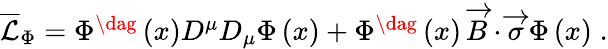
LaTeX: \begin{array}{r}{\overline{{\mathcal{L}}}_{\Phi}=\Phi^{\dag}\left(x\right)D^{\mu}D_{\mu}\Phi\left(x\right)+\Phi^{\dag}\left(x\right)\, \overrightarrow{B}\cdot\overrightarrow{\sigma}\, \Phi\left(x\right)\; .}\end{array}